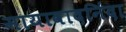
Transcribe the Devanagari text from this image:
मायावादनिंदा